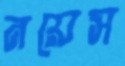
নয়েস